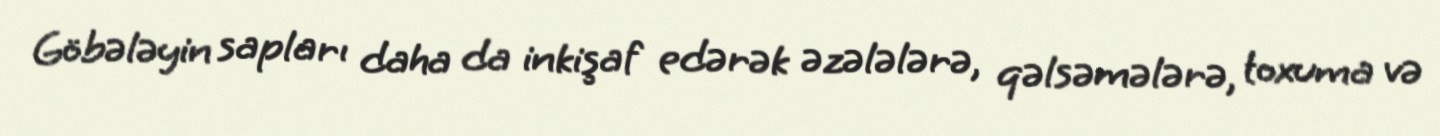
Göbələyin sapları daha da inkişaf edərək əzələlərə, qəlsəmələrə, toxuma və